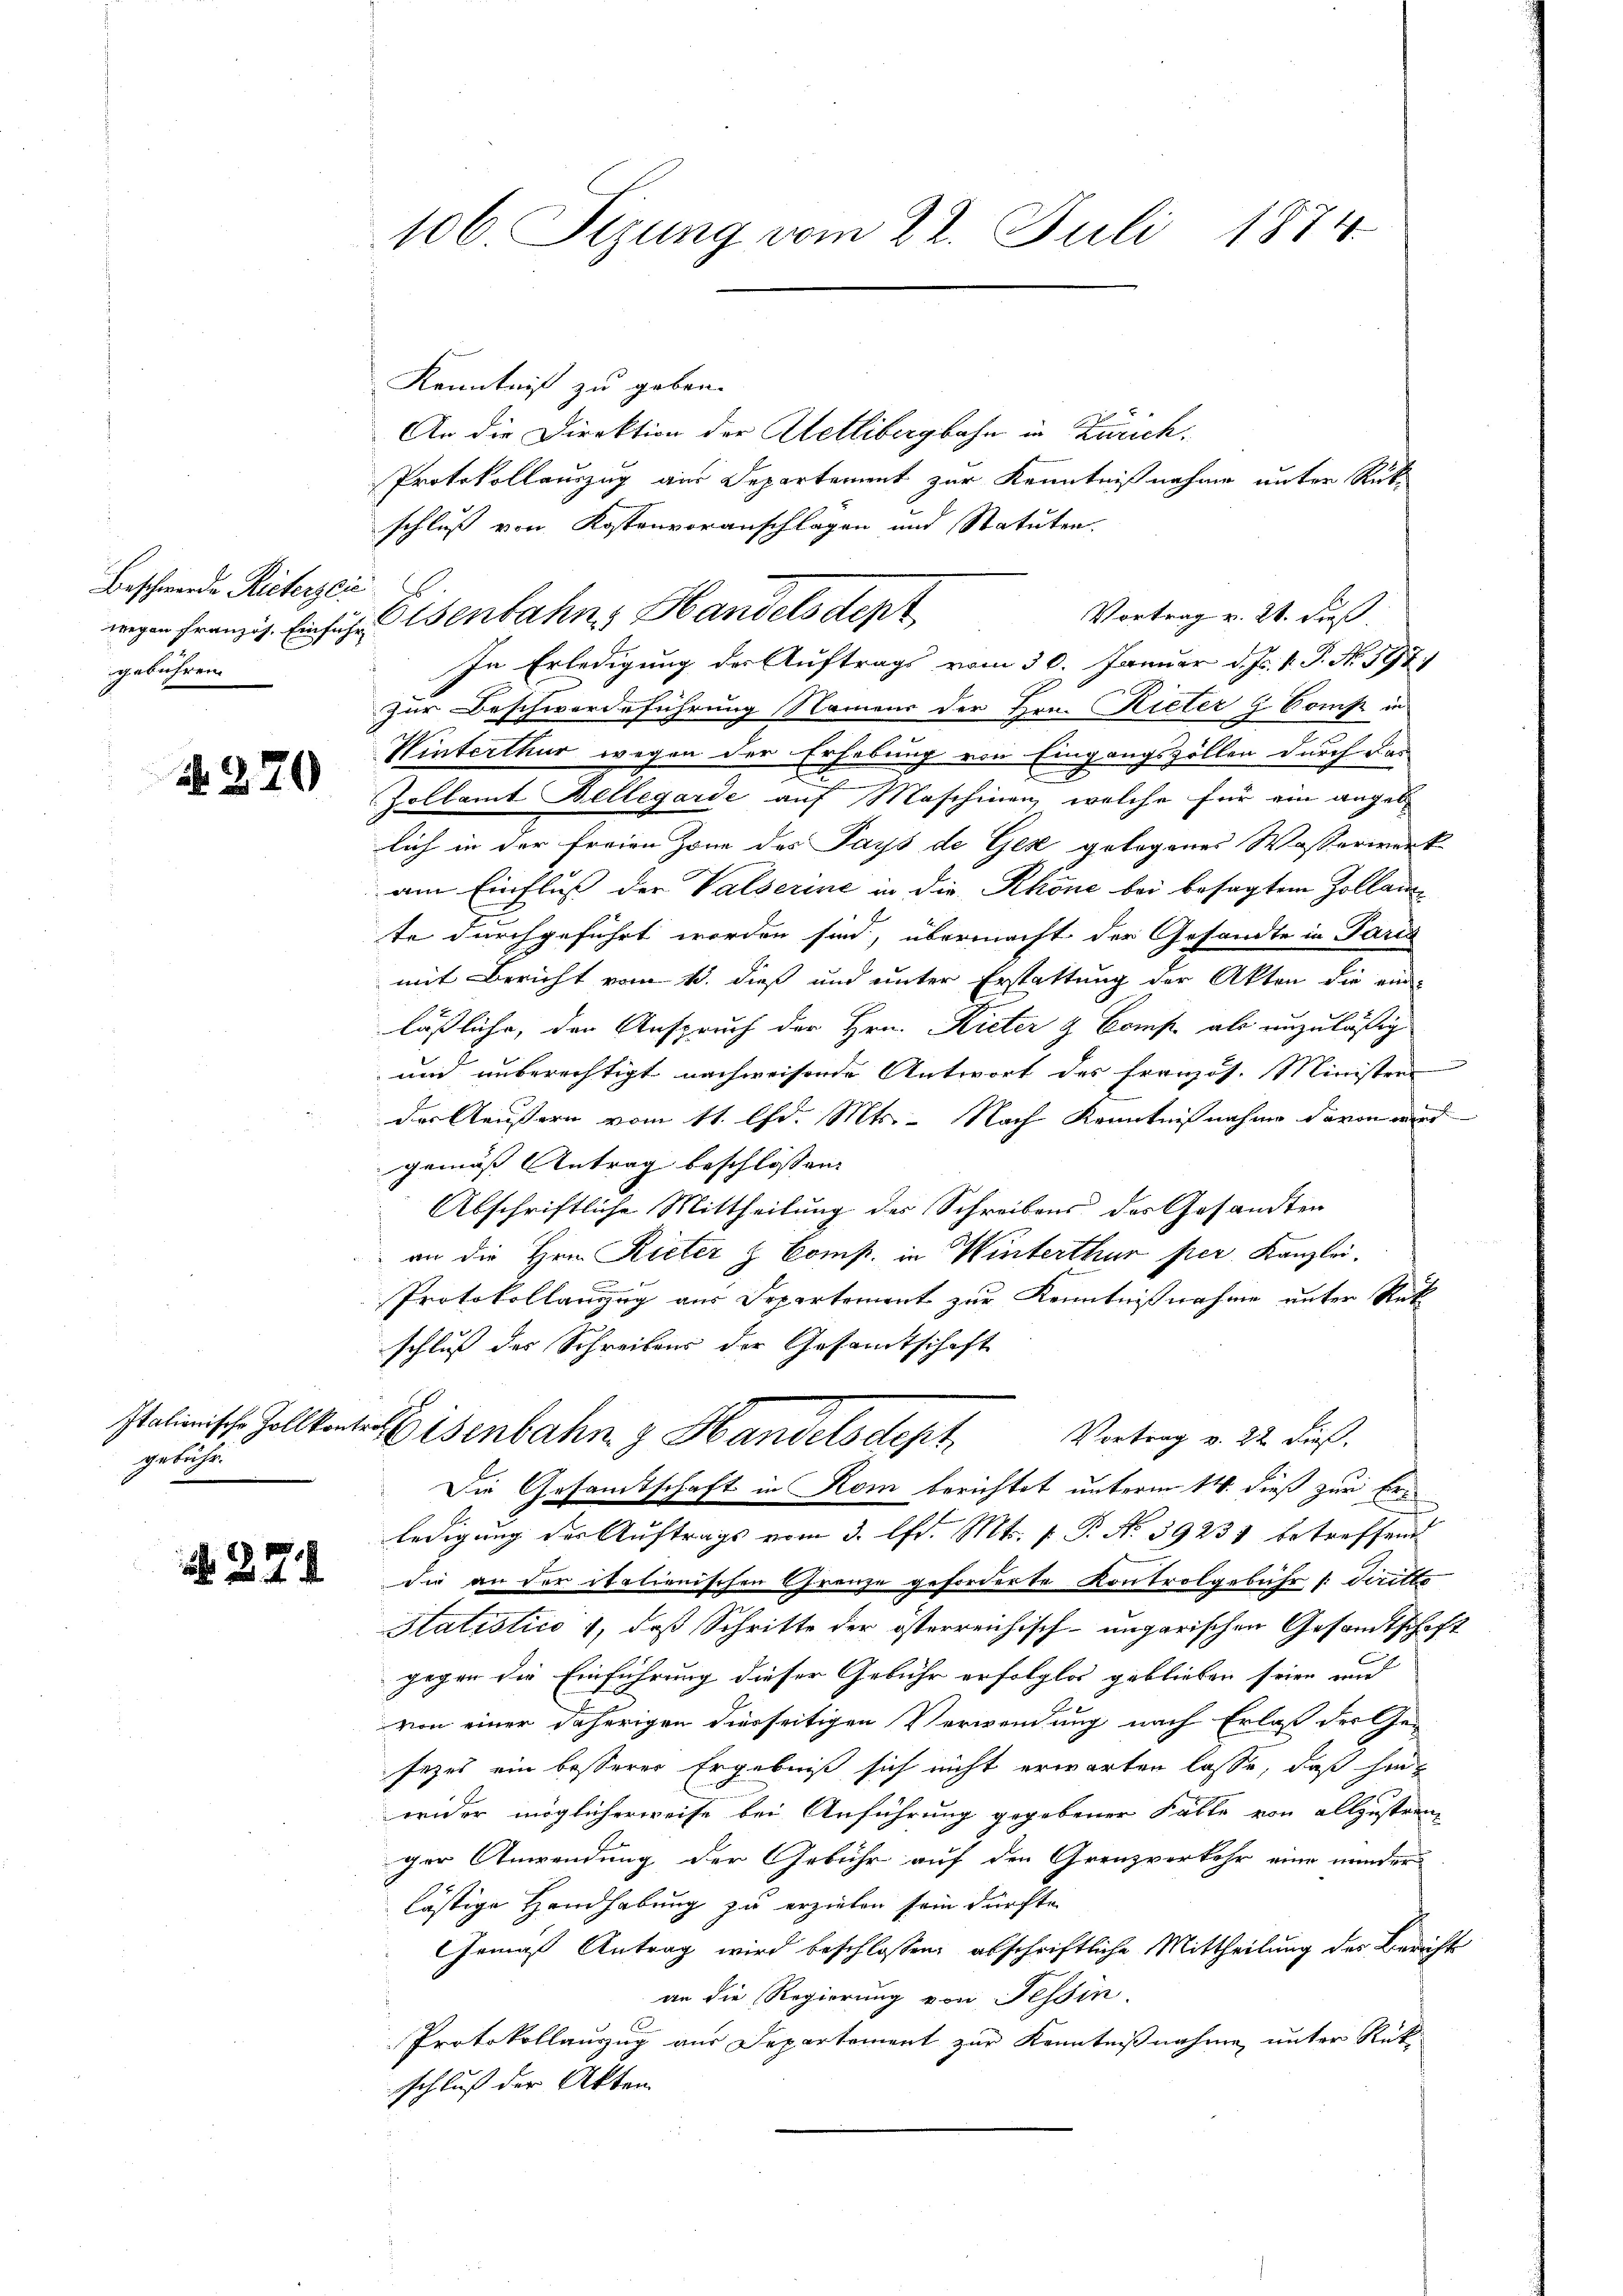
Beschwerde Rieterzei
gebühren

N 220

Italionische Zoll kongebacht.

a. a.

106. Sizung vom 22. Juli 1874.

Kenntniß zu geben.
x
An die Direktion der Aetlibergbahn in Zürich¬
Protokollauszug aus Departement zur Kenntnißnahme unter Rück-
schluß von Kostenvoranschlagen und Statuten.
zur Beschwerdeführung Namens der Hrn. Rieter G. Vomp in
Winterthur wegen der Erhebung von Eingangszöllen durch das
Zollamt Bellegarde auf Maschinen, welche für ein angeb
lich in der freien Zone des Pays de Gese gelegenes Wasserwerk
am Einfluß der Valserine in die Rhone bei besagtem Zollauste durchgeführt worden sind, übermacht der Gesandte in Paris
mit Bericht vom 13. dieß und unter Erstattung der Akten die ein-
läßliche, den Anspruch der Hrn. Rieter & Comp. als unzuläßig
und unberechtigt nachweisende Antwort des Französ. Ministrei
der Aeussern vom 11. lfd. Mts. - Nach Kenntnißnahme davon wird
gemäß Antrag beschlossen:
Abschriftliche Mittheilung des Schreibens des Gesandten
an die Hrn. Rieter & Comp. in Winterthur per Kanzlei.
Protokollanzug aus Separtement zur Kenntnißnahme unter Rük
schluß des Schreibens der Gesamtschaft
wEisenbahn z. Handelsdept. Vortrag v. 22. dieß.
Die Gesamtschaft in Rom berichtet unterm 14. dieß zur Erledigung der Auftrags vom 3. lfd. Mts. f. P. N. 39231 betreffend
die an der italienischen Granze geforderte Kontrolgebühr /: diritto
Statistico, daß Schritte der österreichisch-ungarischen Gesamtschaft
gegen die Einführung dieser Gebühr erfolglos geblieben seien und
von einer daherigen diesseitigen Verwendung nach Erlaß der Gesezes ein besserer Ergebniß sich nicht erwarten lasse, daß hint
wider möglicherweise bei Anführung gegebener Fälle von allzustrenger Anwendung der Gebühr auf den Grenzverkehr eine minder
lästige Handhabung zu erzielen sein dürfte.
Gemäß Antrag wird beschlossen, abschriftliche Mittheilung des Bericht
an die Regierung von Tessin.
Protokollauszug aus Departement zur Kenntnißnahme unter Rück-
schluß der Akten

wegen Franzig. Einsich Eisenbahn Handels dept

Vortrag v. 24. dieß
In Erledigung der Auftrags vom 30. Januar d. Js. v. P. No. 197